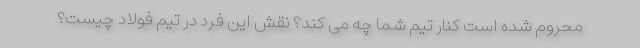
محروم شده است کنار تیم شما چه می کند؟ نقش این فرد در تیم فولاد چیست؟